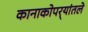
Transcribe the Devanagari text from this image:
कानाकोपर्‍यांतले